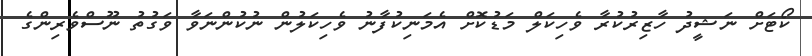
ކޯޓަށް ނަޝީދު ހާޒިރުކުރާ ވެހިކަލް މަޑުކޮށް އެމަނިކުފާނު ވެހިކަލުން ނުކުންނަވާ ވަގުތު ނޫސްވެރިންގެ